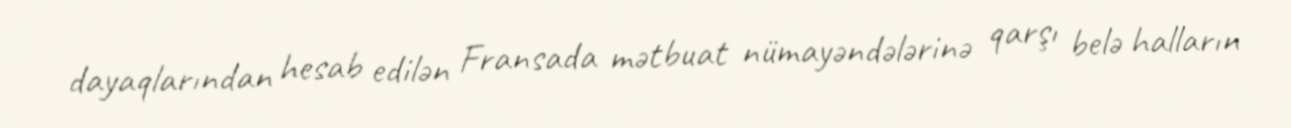
dayaqlarından hesab edilən Fransada mətbuat nümayəndələrinə qarşı belə halların